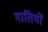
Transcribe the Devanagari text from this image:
गातियों